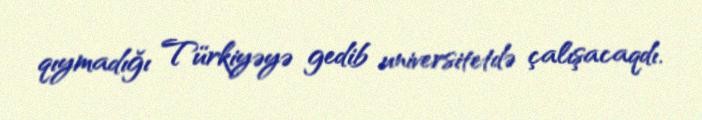
qıymadığı Türkiyəyə gedib universitetdə çalışacaqdı.